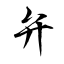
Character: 弁